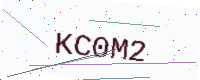
Text: KC0M2